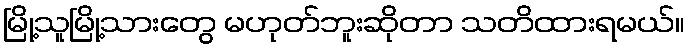
မြို့သူမြို့သားတွေ မဟုတ်ဘူးဆိုတာ သတိထားရမယ်။